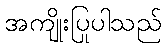
အကျိုးပြုပါသည်